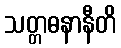
သတ္တဓနာနီတိ